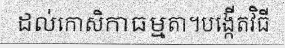
ដល់កោសិកាធម្មតា។បង្កើតវិធី